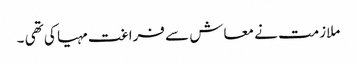
ملازمت نے معاش سے فراغت مہیا کی تھی ۔